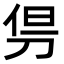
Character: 𠜬